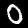
Digit: 0